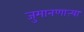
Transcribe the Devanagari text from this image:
जुमानणाऱ्या